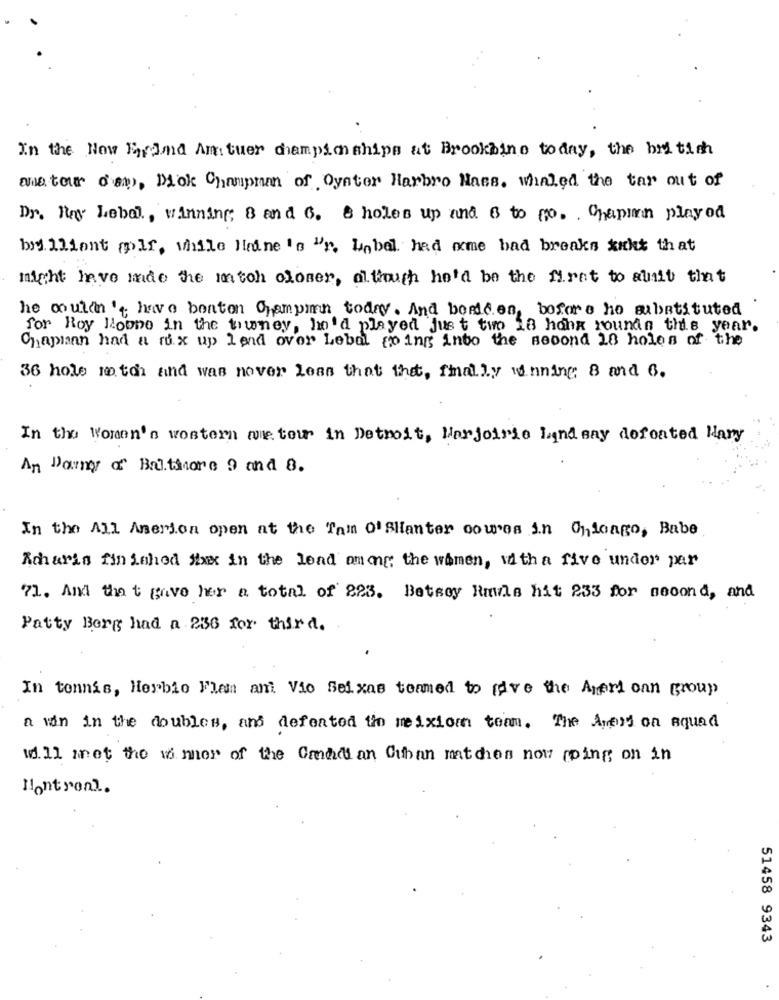
In the Now Frind Am tuer championships at Brookbine today, the british
anator o's), Diok Champman of Oyster Harbro Mass. whaled the tar out of
Dr. Ray Lebal ., winning; 8 and 6. 8 holes up and 6 to no .. Chapin playod
brilliant milf, while line 's 'r. Label had some bad breaks dicht that
might have indo the match closer, although he'd be the first to quait that
he couldn't have bonton Gampmen today. And bordden, before ho substituted
for Roy Noone in the trwney, hn'd played just two 18 hank roundn this year.
Chapman had a mix up lend over Lebal going into the second 18 holes of the
36 hole 10 ton and was never less that the, fhally winning 8 and 6.
In the Women's western meteu in Detroit, Harjoirie Lindsay defeated Many
An Darnos a" Baltimore 9 and 8.
In the All Anerion open at the Tam O'SHanter cowes in Chicago, Babe
Acharis finished ixx in the load among: the women, with a five under par
71. And that gave her a total of 823. Betsey Rmula hit 233 for second, and
Patty Borg had a 236 for third.
In tennis, Herbie Flan and Vio Seixas teamed to give the American group
a win in the doubles, and defeated the meixiom team. The Ameri on squad
will met the winner of the Canadian Cuban matches now going on in
Hontronl.
51458 9343